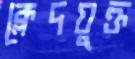
ক্লেদযুক্ত